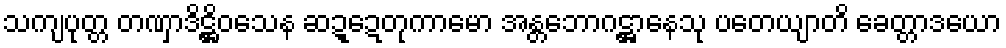
သကျပုတ္တ တဏှာဒိဋ္ဌိဝသေန ဆဍ္ဍေတုကာမော အန္တဘောဂဋ္ဌာနေသု ပတေယျာတိ ခေတ္တာဒယော